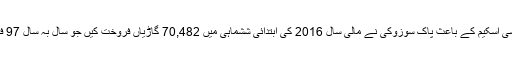
پنجاب سبز ٹیکسی اسکیم کے باعث پاک سوزوکی نے مالی سال 2016 کی ابتدائی ششماہی میں 70,482 گاڑیاں فروخت کیں جو سال بہ سال 97 فیصد اضافہ ہے۔